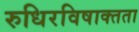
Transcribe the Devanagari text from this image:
रुधिरविषाक्तता